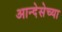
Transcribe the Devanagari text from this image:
आन्देसेच्या